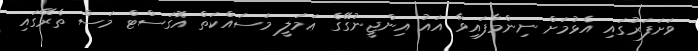
ވަށަފަރުގައި އެޅުމަށް ނިންމާފައިވާ އައު އިންޖީނުގޭގެ ޢަމަލީ މަސައްކަތް އޮގަސްޓް މަސް ތެރޭގައި